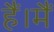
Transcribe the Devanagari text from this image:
हैं।मैं